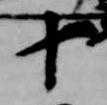
十